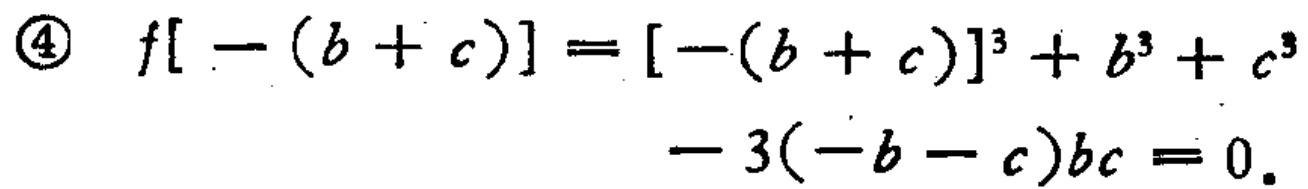
\begin{align*}

\textcircled{4}\quad f[-(b + c)] = [-(b + c)]^{3} + b^{3} + c^{3} \\

- 3(-b - c)bc = 0.

\end{align*}